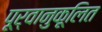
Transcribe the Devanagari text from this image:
पूर्वानुकूलित